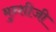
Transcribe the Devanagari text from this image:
मुन्शीजी